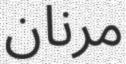
مرنان